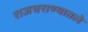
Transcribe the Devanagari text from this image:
राजघराण्यातले